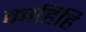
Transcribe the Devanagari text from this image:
काहिहि